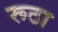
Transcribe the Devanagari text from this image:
रूठा